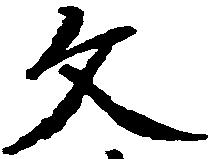
文